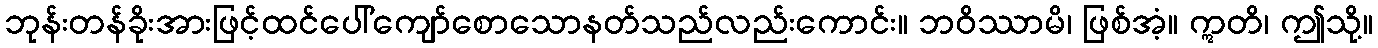
ဘုန်းတန်ခိုးအားဖြင့်ထင်ပေါ်ကျော်စောသောနတ်သည်လည်းကောင်း။ ဘဝိဿာမိ၊ ဖြစ်အံ့။ ဣတိ၊ ဤသို့။